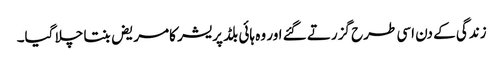
زندگی کے دن اسی طرح گزرتے گئے اور وہ ہائی بلڈ پریشر کامریض بنتا چلا گیا۔